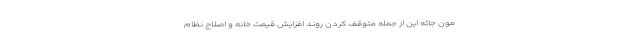
مون جائه این از جمله متوقف کردن روند افزایش قیمت خانه و اصلاح نظام